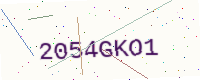
Text: 2054GKO1